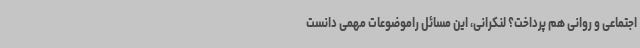
اجتماعی و روانی هم پرداخت؟ لنکرانی، این مسائل راموضوعات مهمی دانست